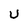
Character: U